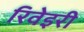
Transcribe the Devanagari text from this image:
रिवेइरी